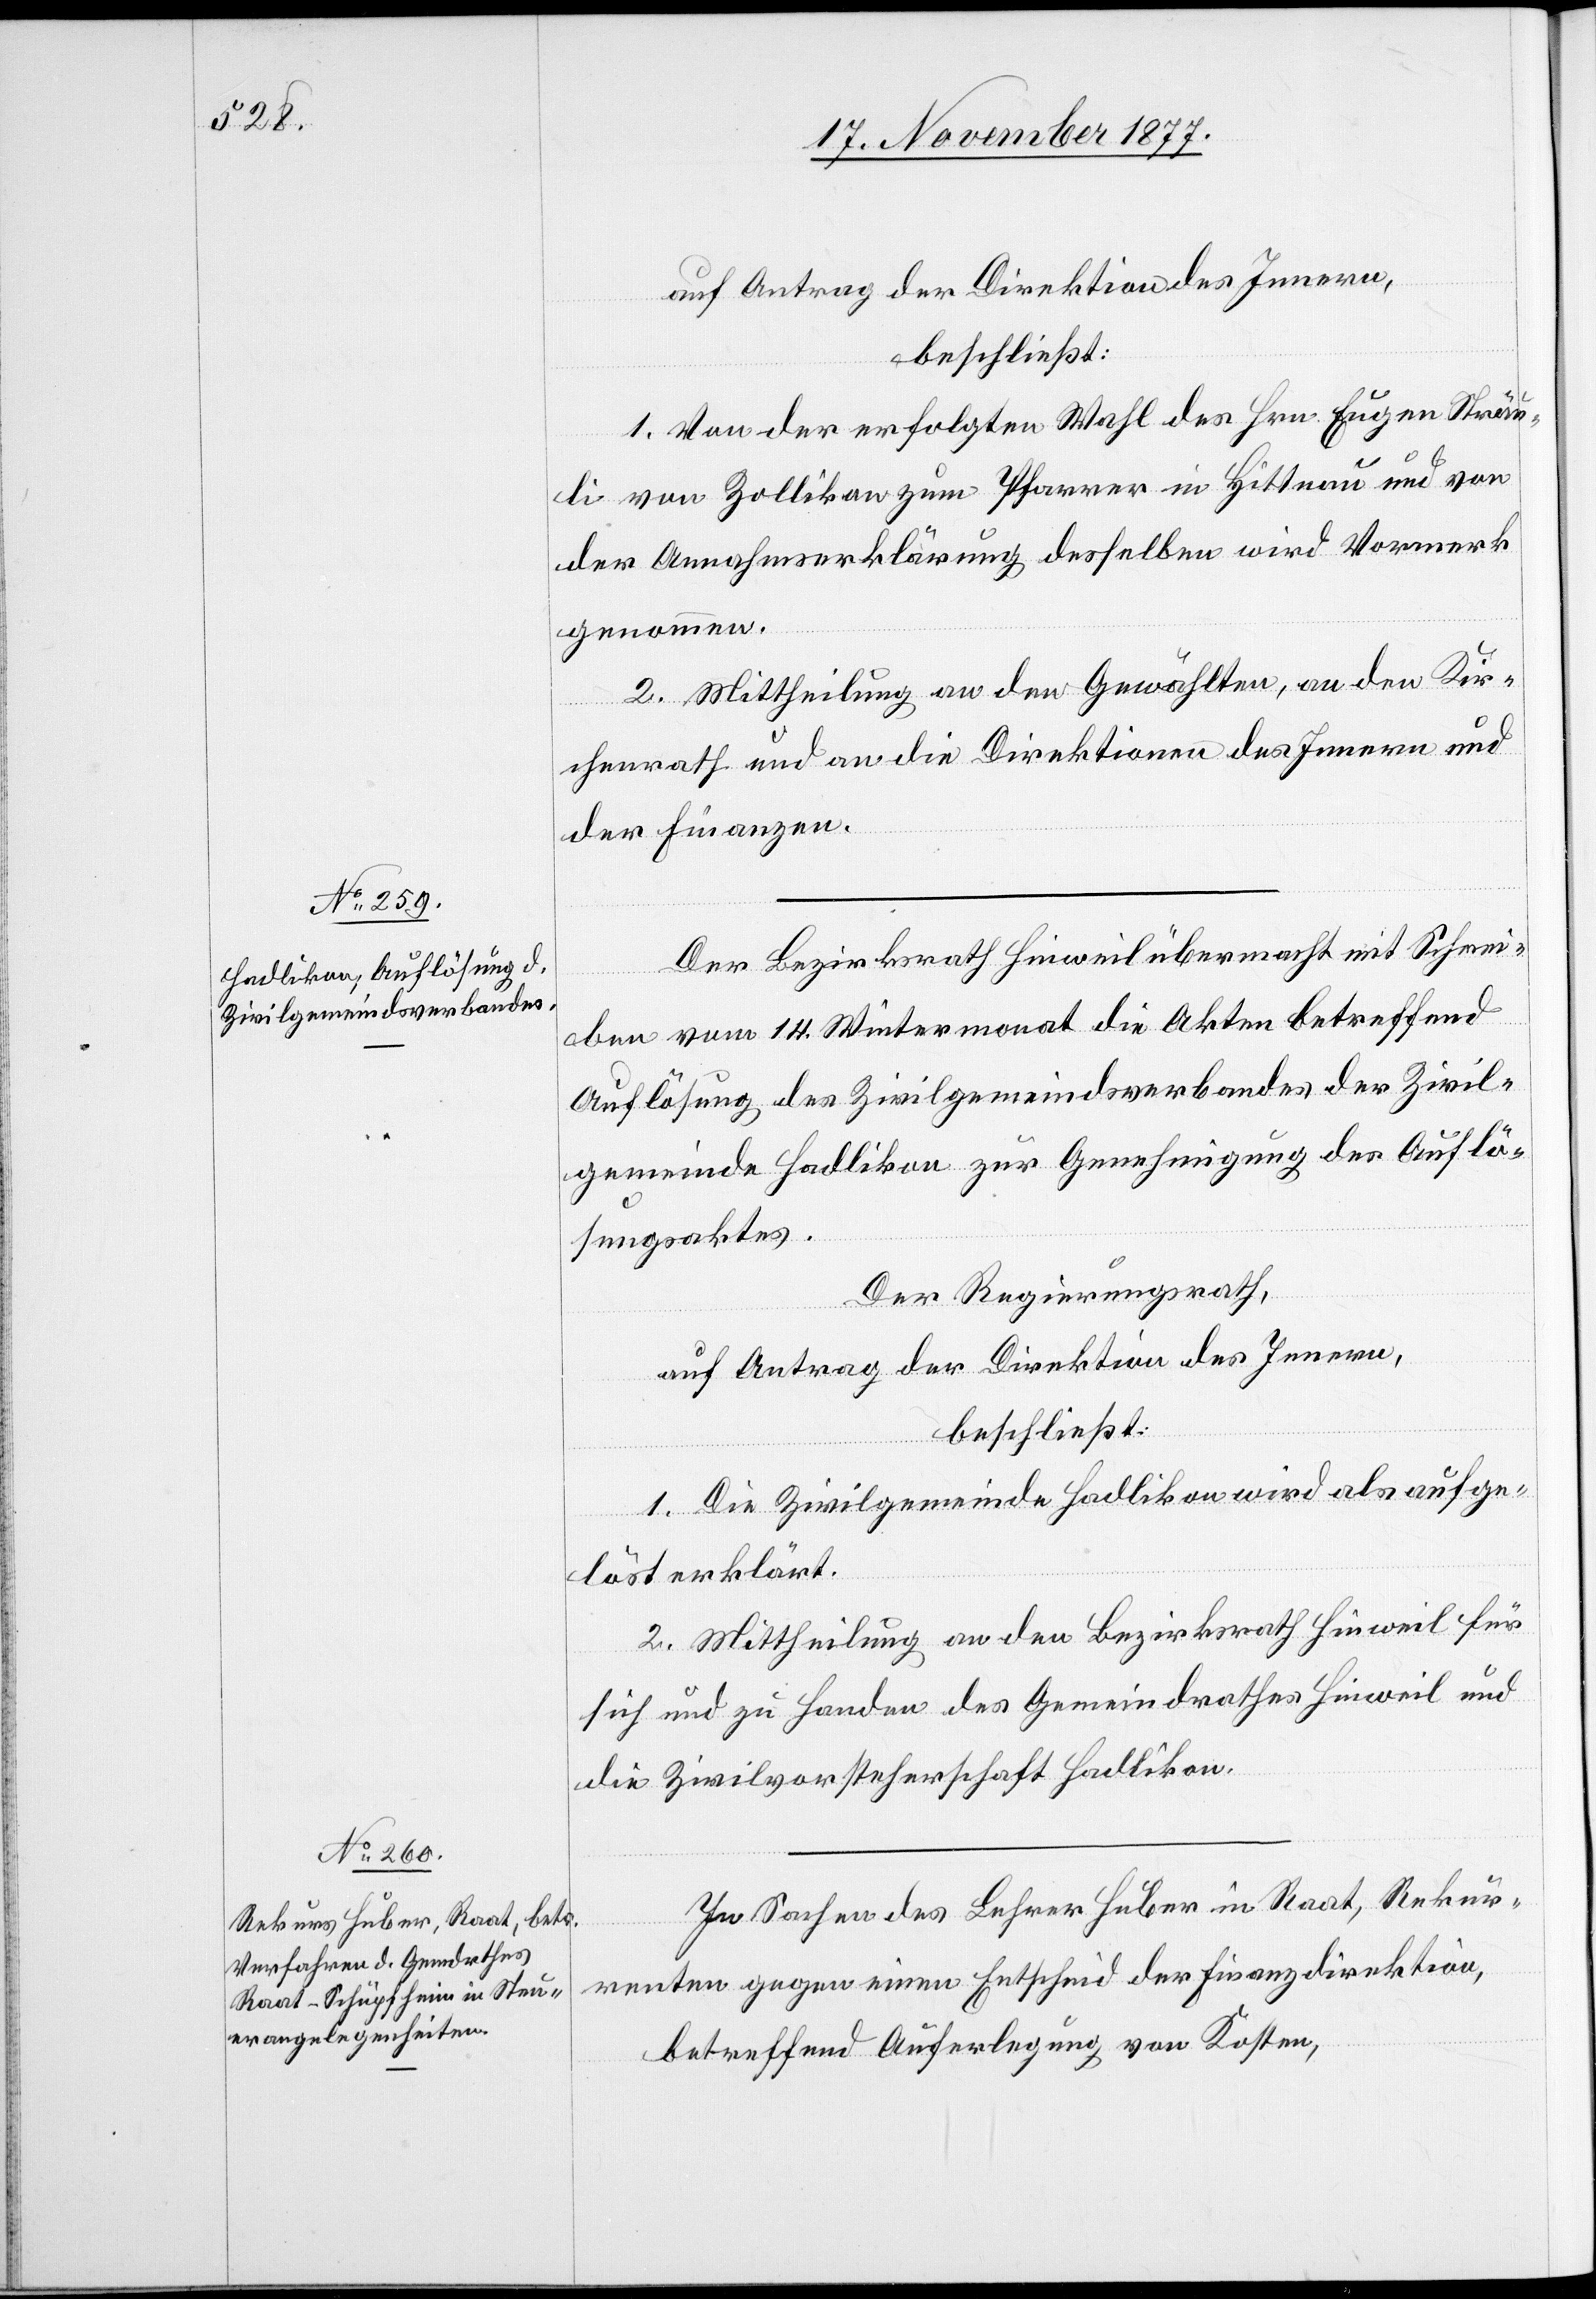
auf Antrag der Direktion des Innern,
beschließt:
1. Von der erfolgten Wahl des Hrn. Eugen Sträu¬
li von Zollikon zum Pfarrer in Hittnau und von
der Annahmserklärung desselben wird Vormerk
genommen.
2. Mittheilung an den Gewählten, an den Kir¬
chenrath und an die Direktionen des Innern und
der Finanzen.
Der Bezirksrath Hinweil übermacht mit Schrei¬
ben vom 14. Wintermonat die Akten betreffend
Auflösung des Zivilgemeindsverbandes der Zivil¬
gemeinde Hadlikon zur Genehmigung des Auflö¬
sungsaktes.
Der Regierungsrath,
auf Antrag der Direktion des Innern,
beschließt:
1. Die Zivilgemeinde Hadlikon wird als aufge¬
löst erklärt.
2. Mittheilung an den Bezirksrath Hinweil für
sich und zu Handen des Gemeindrathes Hinweil und
die Zivilvorsteherschaft Hadlikon.
In Sachen des Lehrer Huber in Raat, Rekur¬
renten gegen einen Entscheid der Finanzdirektion,
betreffend Auferlegung von Kosten,